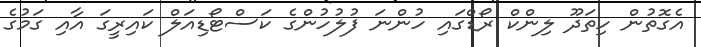
އެގޮތުން ހިތަދޫ ލިންކް ރޯޑްގައި ހުންނަ ފުލުހުންގެ ކަސްޓޯޑިއަލް ކައިރީގަ އާއި ގަމުގެ